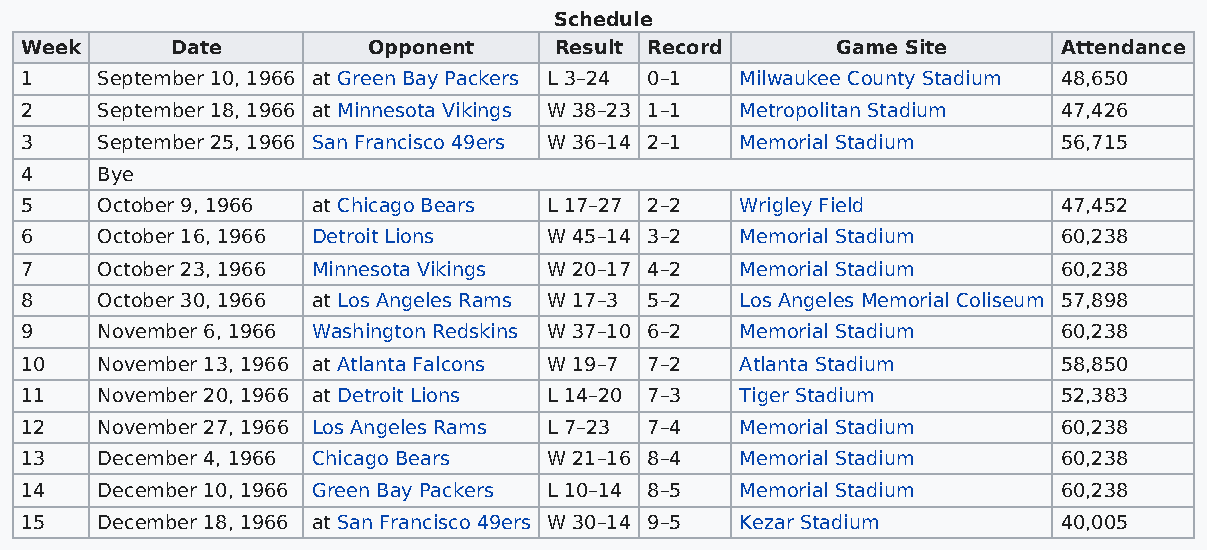
Schedule
 Week      Date         Opponent     Result Record     Game Site      Attendance
 1    September 10, 1966 at Green Bay Packers L 3–24 0–1 Milwaukee County Stadium 48,650
 2    September 18, 1966 at Minnesota Vikings W 38–23 1–1 Metropolitan Stadium 47,426
 3    September 25, 1966 San Francisco 49ers W 36–14 2–1 Memorial Stadium 56,715
 4    Bye
 5    October 9, 1966 at Chicago Bears L 17–27 2–2 Wrigley Field      47,452
 6    October 16, 1966 Detroit Lions W 45–14 3–2 Memorial Stadium     60,238
 7    October 23, 1966 Minnesota Vikings W 20–17 4–2 Memorial Stadium 60,238
 8    October 30, 1966 at Los Angeles Rams W 17–3 5–2 Los Angeles Memorial Coliseum 57,898
 9    November 6, 1966 Washington Redskins W 37–10 6–2 Memorial Stadium 60,238
 10   November 13, 1966 at Atlanta Falcons W 19–7 7–2 Atlanta Stadium 58,850
 11   November 20, 1966 at Detroit Lions L 14–20 7–3 Tiger Stadium    52,383
 12   November 27, 1966 Los Angeles Rams L 7–23 7–4 Memorial Stadium  60,238
 13   December 4, 1966 Chicago Bears W 21–16 8–4 Memorial Stadium     60,238
 14   December 10, 1966 Green Bay Packers L 10–14 8–5 Memorial Stadium 60,238
 15   December 18, 1966 at San Francisco 49ers W 30–14 9–5 Kezar Stadium 40,005